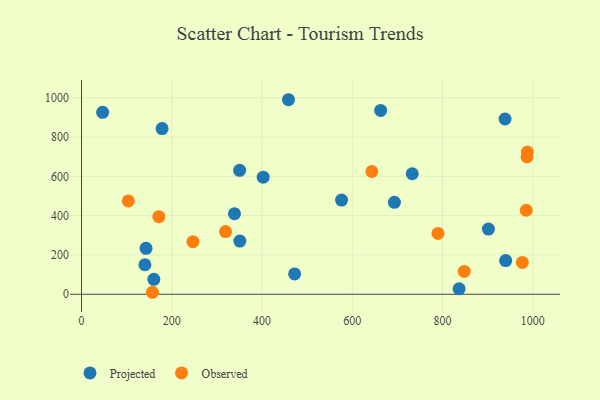
{"axis": {"x": "Price", "y": "Salary"}, "legend": ["Observed", "Projected"], "data": [{"x": "402.6", "y": 595.5, "type": "Projected"}, {"x": "350.4", "y": 630.6, "type": "Projected"}, {"x": "940.0", "y": 171.5, "type": "Projected"}, {"x": "663.0", "y": 935.6, "type": "Projected"}, {"x": "576.3", "y": 479.3, "type": "Projected"}, {"x": "458.7", "y": 989.9, "type": "Projected"}, {"x": "160.3", "y": 75.7, "type": "Projected"}, {"x": "350.9", "y": 270.7, "type": "Projected"}, {"x": "836.8", "y": 27.4, "type": "Projected"}, {"x": "472.3", "y": 103.3, "type": "Projected"}, {"x": "938.6", "y": 891.8, "type": "Projected"}, {"x": "733.0", "y": 613.1, "type": "Projected"}, {"x": "339.0", "y": 409.9, "type": "Projected"}, {"x": "140.5", "y": 150.0, "type": "Projected"}, {"x": "143.0", "y": 233.5, "type": "Projected"}, {"x": "901.8", "y": 331.8, "type": "Projected"}, {"x": "46.8", "y": 925.7, "type": "Projected"}, {"x": "693.5", "y": 467.6, "type": "Projected"}, {"x": "178.6", "y": 842.9, "type": "Projected"}, {"x": "247.0", "y": 267.5, "type": "Observed"}, {"x": "985.6", "y": 427.5, "type": "Observed"}, {"x": "790.0", "y": 309.7, "type": "Observed"}, {"x": "103.7", "y": 475.0, "type": "Observed"}, {"x": "848.2", "y": 115.9, "type": "Observed"}, {"x": "157.2", "y": 10.0, "type": "Observed"}, {"x": "976.9", "y": 161.9, "type": "Observed"}, {"x": "988.1", "y": 723.8, "type": "Observed"}, {"x": "643.4", "y": 624.7, "type": "Observed"}, {"x": "987.2", "y": 699.3, "type": "Observed"}, {"x": "171.4", "y": 394.7, "type": "Observed"}, {"x": "319.2", "y": 319.0, "type": "Observed"}]}